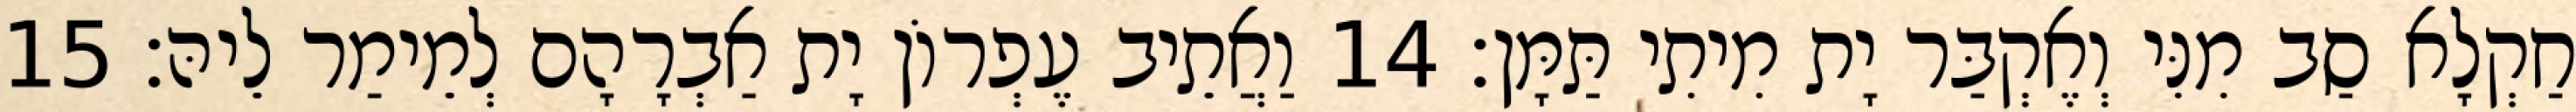
חַקְלָא סַב מִנִּי וְאֶקְבַּר יָת מִיתִי תַּמָּן׃ 14 וַאֲתֵיב עֶפְרוֹן יָת אַבְרָהָם לְמֵימַר לֵיהּ׃ 15